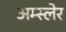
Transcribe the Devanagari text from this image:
अम्स्लेर